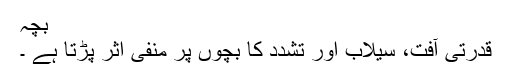
بچہ
قدرتی آفت، سیلاب اور تشدد کا بچوں پر منفی اثر پڑتا ہے ۔